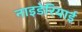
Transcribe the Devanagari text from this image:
नाइडेरियाई